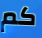
كم